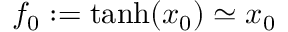
f _ { 0 } : = \mathrm { t a n h } ( x _ { 0 } ) \simeq x _ { 0 }